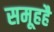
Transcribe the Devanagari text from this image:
समूहहै